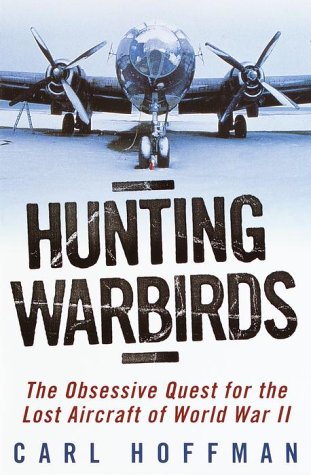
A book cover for Hunting Warbirds: The Obsessive Quest for the Lost Aircraft of World War II; Carl Hoffman; Crafts, Hobbies & Home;